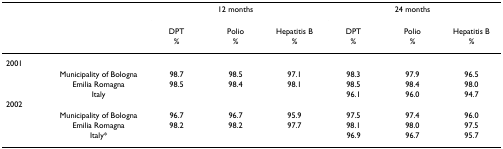
<table><thead><tr><td></td><td></td><td colspan="3"><b>12 months</b></td><td colspan="3"><b>24 months</b></td></tr><tr><td></td><td></td><td><b>DPT</b></td><td><b>Polio</b></td><td><b>Hepatitis B</b></td><td><b>DPT</b></td><td><b>Polio</b></td><td><b>Hepatitis B</b></td></tr><tr><td></td><td></td><td><b>%</b></td><td><b>%</b></td><td><b>%</b></td><td><b>%</b></td><td><b>%</b></td><td><b>%</b></td></tr></thead><tbody><tr><td>2001</td><td></td><td></td><td></td><td></td><td></td><td></td><td></td></tr><tr><td></td><td>Municipality of Bologna</td><td>98.7</td><td>98.5</td><td>97.1</td><td>98.3</td><td>97.9</td><td>96.5</td></tr><tr><td></td><td>Emilia Romagna</td><td>98.5</td><td>98.4</td><td>98.1</td><td>98.5</td><td>98.4</td><td>98.0</td></tr><tr><td></td><td>Italy</td><td></td><td></td><td></td><td>96.1</td><td>96.0</td><td>94.7</td></tr><tr><td>2002</td><td></td><td></td><td></td><td></td><td></td><td></td><td></td></tr><tr><td></td><td>Municipality of Bologna</td><td>96.7</td><td>96.7</td><td>95.9</td><td>97.5</td><td>97.4</td><td>96.0</td></tr><tr><td></td><td>Emilia Romagna</td><td>98.2</td><td>98.2</td><td>97.7</td><td>98.1</td><td>98.0</td><td>97.5</td></tr><tr><td></td><td>Italy*</td><td></td><td></td><td></td><td>96.9</td><td>96.7</td><td>95.7</td></tr></tbody></table>